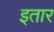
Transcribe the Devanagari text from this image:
इतार